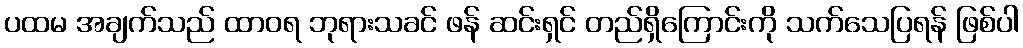
ပထမ အချက်သည် ထာဝရ ဘုရားသခင် ဖန် ဆင်းရှင် တည်ရှိကြောင်းကို သက်သေပြရန် ဖြစ်ပါ